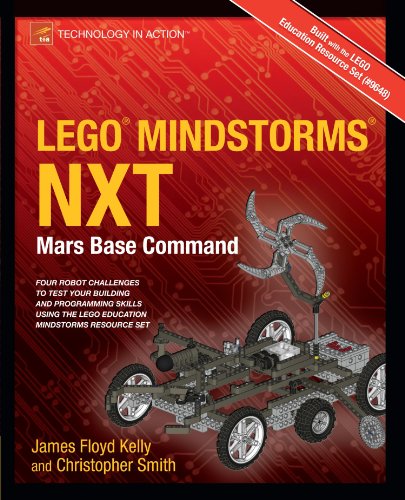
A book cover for LEGO MINDSTORMS NXT: Mars Base Command (Technology in Action); James Floyd Kelly; Computers & Technology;